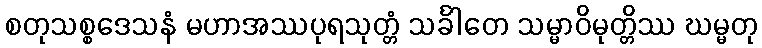
စတုသစ္စဒေသနံ မဟာအဿပုရသုတ္တံ သင်္ခါတေ သမ္မာဝိမုတ္တိဿ ဃမ္မတု